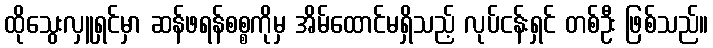
ထိုသွေးလှူရှင်မှာ ဆန်ဖရန်စစ္စကိုမှ အိမ်ထောင်မရှိသည့် လုပ်ငန်းရှင် တစ်ဦး ဖြစ်သည်။